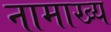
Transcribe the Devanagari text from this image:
नामाख्य